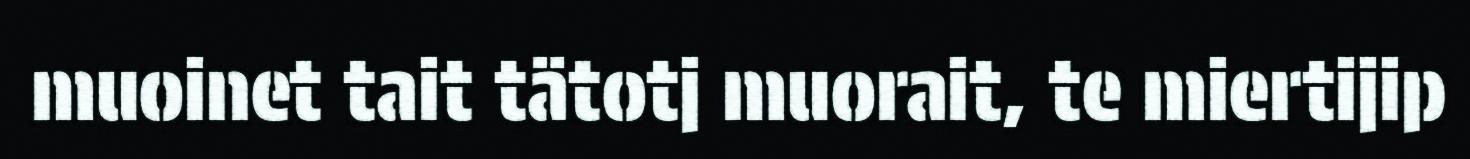
muoinet tait tätotj muorait, te miertijip